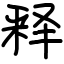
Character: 释